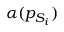
\alpha ( p _ { S _ { i } } )